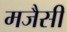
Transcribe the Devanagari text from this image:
मजैसी